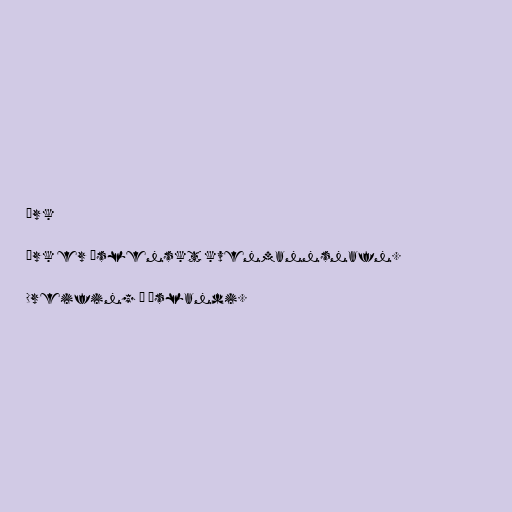
Örk

Örk er íslenskt kvenmannsnafn.

Dreifing á Íslandi.